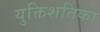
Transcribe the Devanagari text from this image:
युक्तिशतिका